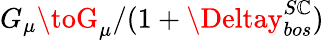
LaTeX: G_{\mu}\toG_{\mu}/(1+\Deltay_{bos}^{S\mathbb{C}})